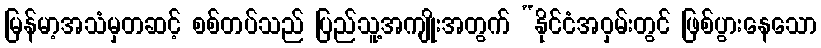
မြန်မာ့အသံမှတဆင့် စစ်တပ်သည် ပြည်သူ့အကျိုးအတွက် “နိုင်ငံအဝှမ်းတွင် ဖြစ်ပွားနေသော